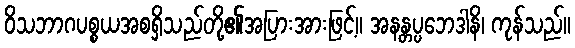
ဝိသဘာဂပစ္စယအစရှိသည်တို့၏အပြားအားဖြင့်။ အနန္တပ္ပဘေဒါနိ၊ ကုန်သည်။